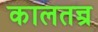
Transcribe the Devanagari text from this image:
कालतन्त्र